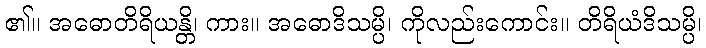
၏။ အဓောတိရိယန္တိ၊ ကား။ အဓောဒိသမ္ပိ၊ ကိုလည်းကောင်း။ တိရိယံဒိသမ္ပိ၊